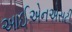
આઈએનએસટી